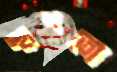
স্থাপত্যে